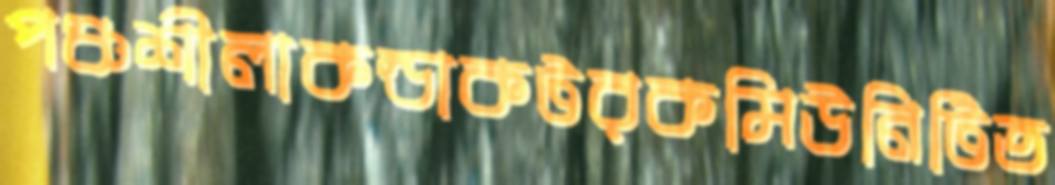
পঞ্চশীলাকন্ডাকটরকমিউনিটিত